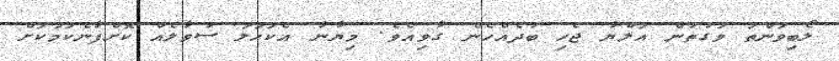
ލޯބިވަންތަ ވަގުތުން އަލްޔާ ޖެހި ބުދެއްހެން ގާވިއެވެ. މިޔާނާ އެކަހަލަ ސުވާލެއް ކޮށްފާނެކަމަކަށް